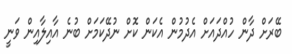
ބޭރަށް ދާން ހުއްދައަށް އެދުމުން އެކަން ކޮށް ނުދޭކަމަށް ބުނެ އާއިލާއިން ވަނީ